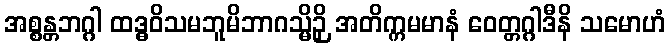
အစ္စန္တဘဂ္ဂါ ထဒ္ဓဝိသမဘူမိဘာဂသ္မိဉှိ အတိက္ကမမာနံ ဝေတ္တဂ္ဂါဒီနိ သမောဟံ